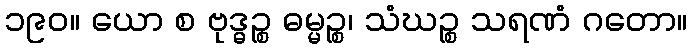
၁၉၀။ ယော စ ဗုဒ္ဓဉ္စ ဓမ္မဉ္စ၊ သံဃဉ္စ သရဏံ ဂတော။